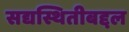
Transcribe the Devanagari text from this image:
सद्यस्थितीबद्दल